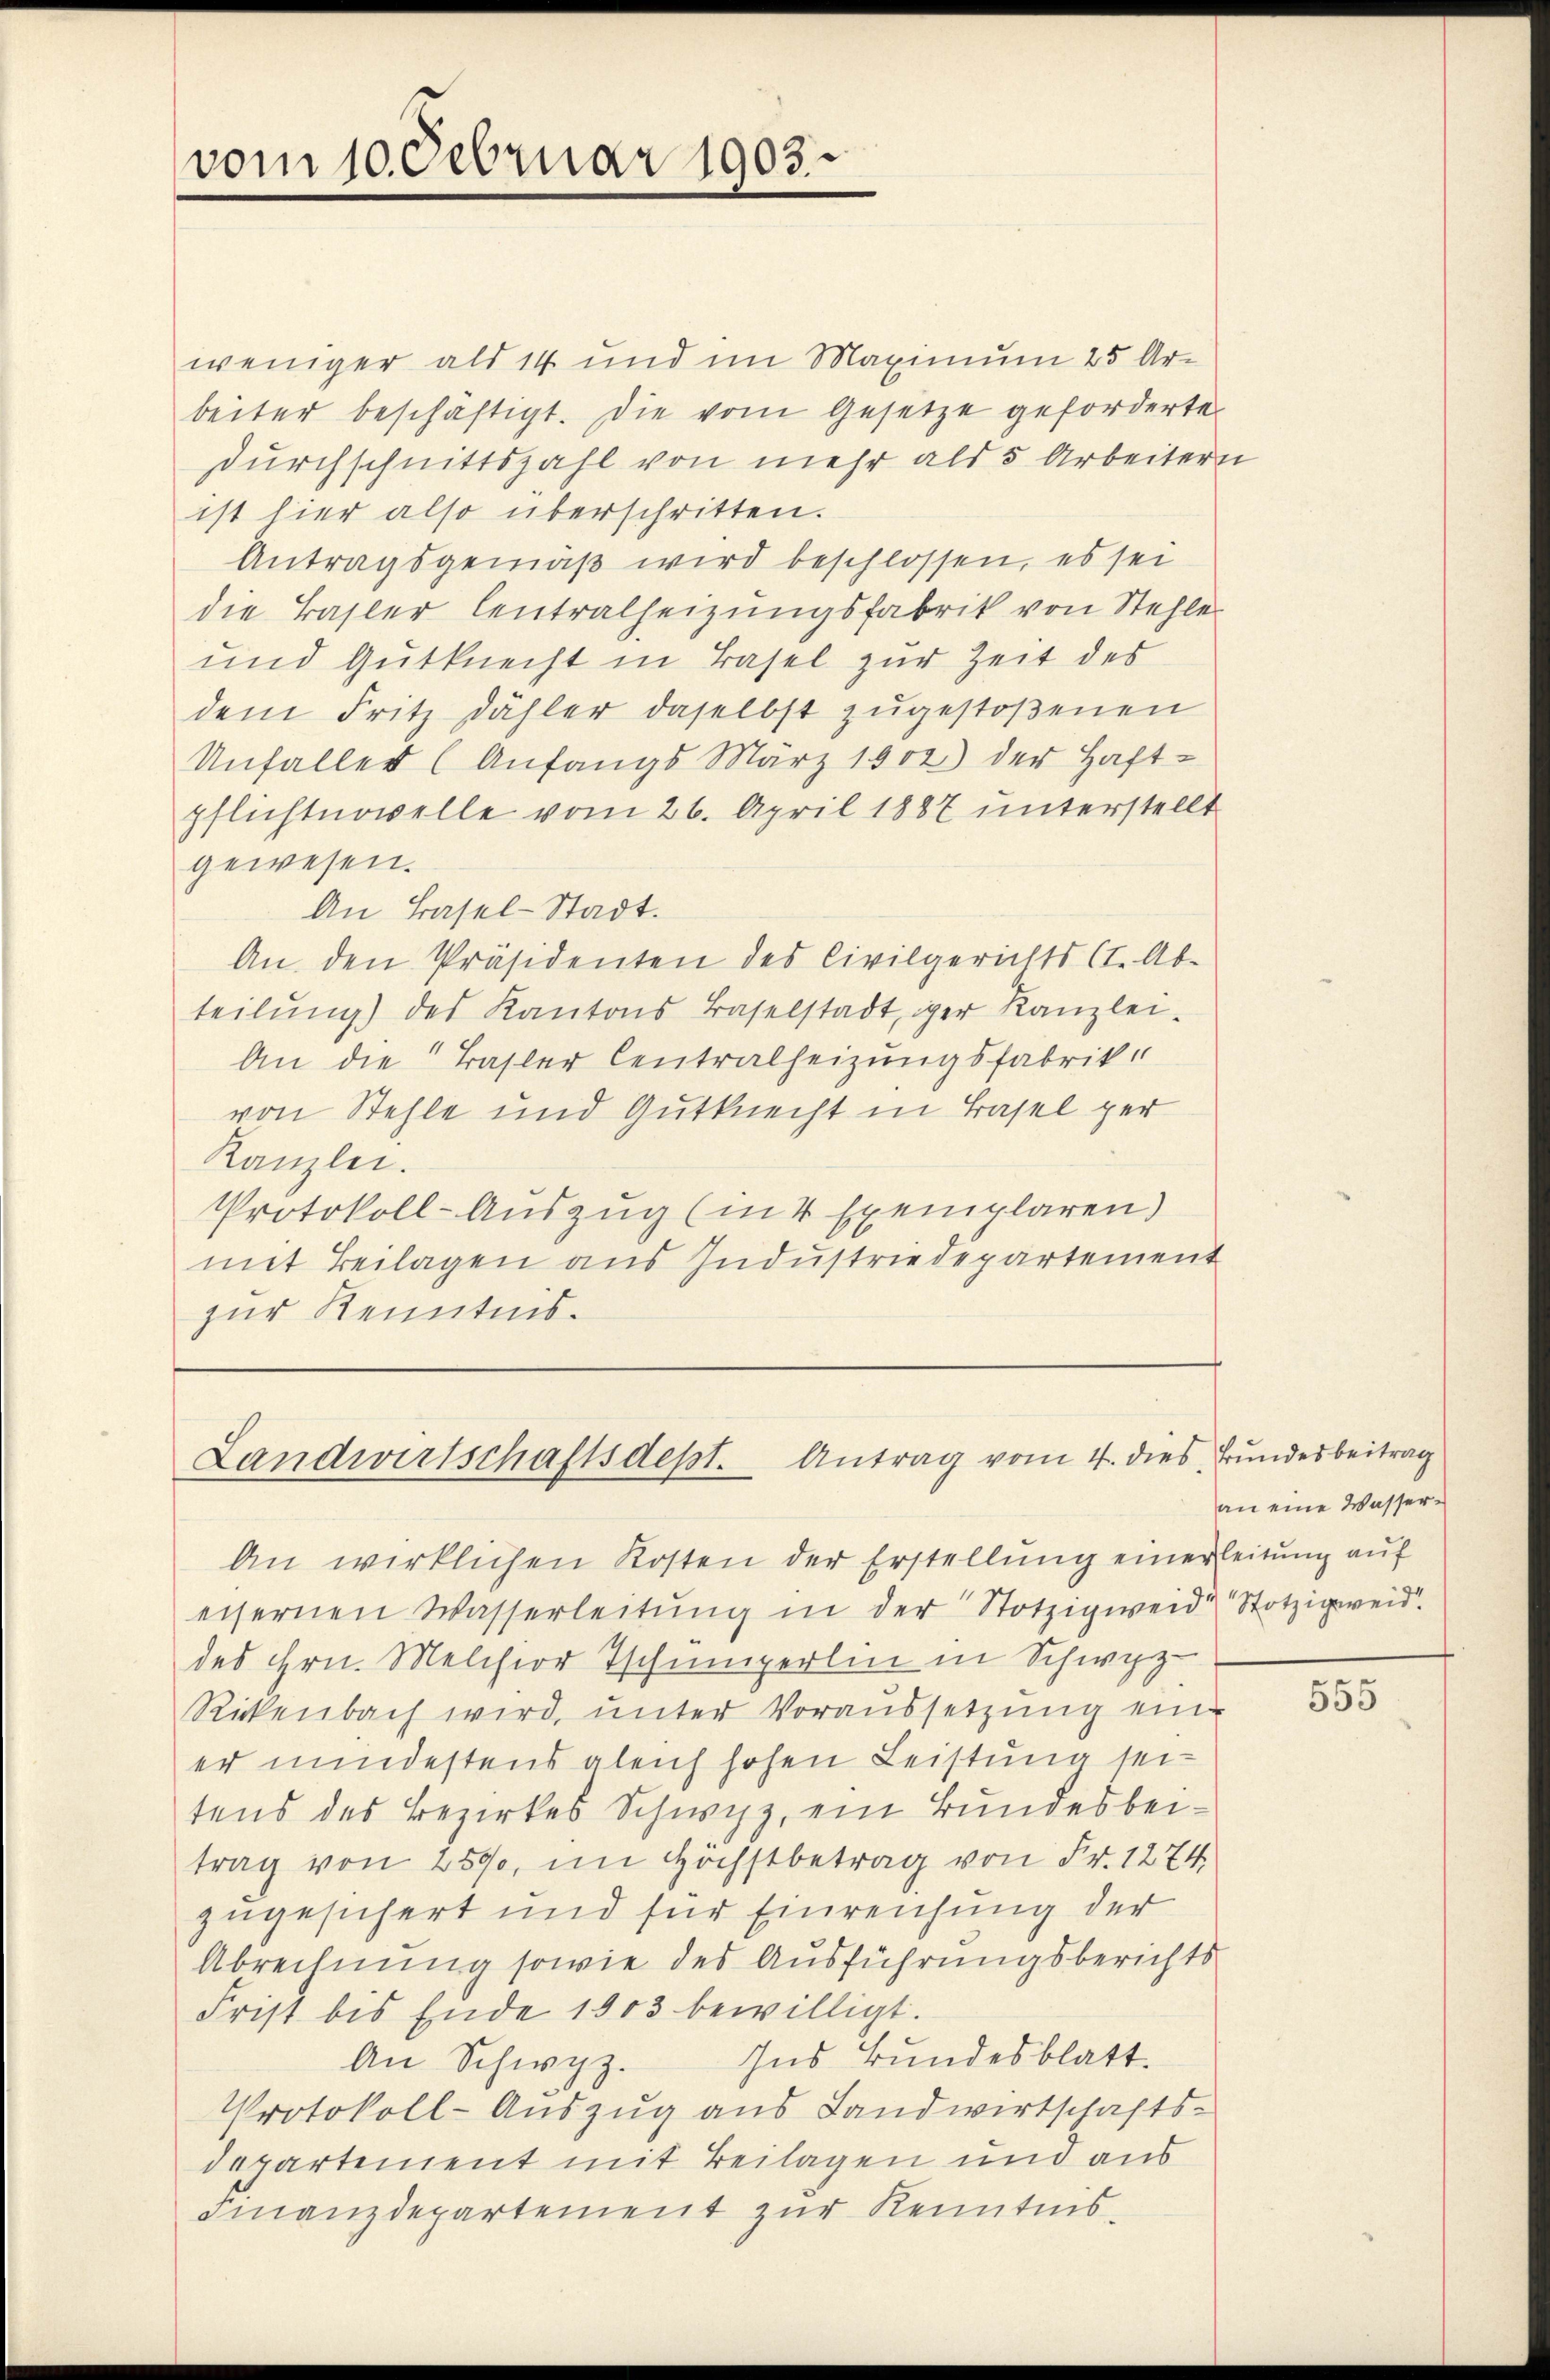
vom 10. Februar 1903.

weniger als 14 und im Maximum 25 Arbeiter beschäftigt. Die vom Gesetze geforderte
durchschnittszahl von mehr als 5 Arbeitern
ist hier also überschritten.
Antragsgemäß wird beschlossen, es sei
die Basler Centralheizungsfabrik von Stehler
und Gutknecht in Basel zur Zeit des
dem Fritz Dähler daselbst zugestoßenen
Unfaller (Anfangs März 1902) der Haft-
pflichtnovelle vom 26. April 1887 unterstellt
gewesen.
An Basel-Stadt.
An den Präsidenten des Civilgerichts (T. Ab-
teilŭng des Kantons Baselstadt, iger Kanzlei-
An die Basler Centralheizungsfabrikvon Stehle und Gutknecht in Basel per
Kanzlei.
Protokoll-Auszug (in 4 Exemplaren)
mit Beilagen aus Industriedepartement
zur Kenntnis.

Landwirtschaftsdest. Antrag vom 4. dies Bundesbeitrag

An wirklichen Kosten der Erstellung einerleitung auf
eisernen Wasserleitŭng in der Stotzigweide Stotzigweid.
des Hrn. Melchior Tschumperlin in Schwyz
Rickenbach wird, unter Voraussetzung eine
er mindestens gleich hohen Leistung seitens des Bezirkes Schwyz, ein Bundesbeitrag von 2500, im Höchstbetrag von Fr. 1274
zugesichert und für Einreichung der
Abrechnung sowie des Ausführungsberichts
Frist bis Ende 1903 bewilligt.
Ins Bundesblatt.
An Schwyz.
Protokoll-Auszug aus Landwirtschafts-
departement mit Beilagen und aus
Finanzdepartement zur Kenntnis¬

an eine Wasser¬

555